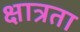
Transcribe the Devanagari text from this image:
क्षात्रता